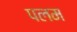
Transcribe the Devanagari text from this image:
पलम